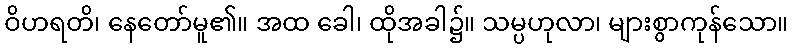
ဝိဟရတိ၊ နေတော်မူ၏။ အထ ခေါ၊ ထိုအခါ၌။ သမ္ပဟုလာ၊ များစွာကုန်သော။